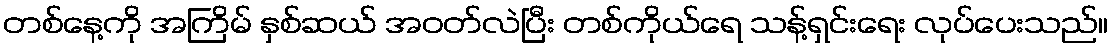
တစ်နေ့ကို အကြိမ် နှစ်ဆယ် အဝတ်လဲပြီး တစ်ကိုယ်ရေ သန့်ရှင်းရေး လုပ်ပေးသည်။